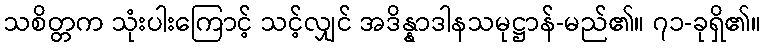
သစိတ္တက သုံးပါးကြောင့် သင့်လျှင် အဒိန္နာဒါနသမုဋ္ဌာန်-မည်၏။ ၇၁-ခုရှိ၏။